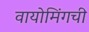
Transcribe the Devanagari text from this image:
वायोमिंगची